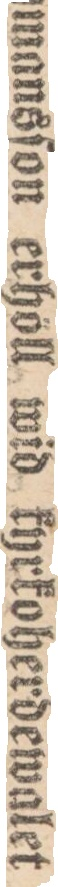
Paſtor Rymansſon erhöll wid kyrkoherdewalet i Skepparslöf ſiſtl. gårdag alla afgifna röſter.